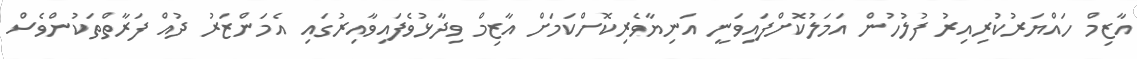
އާޒިމް ހައްޔަރުކުރިއިރު ފުލުހުން އަމަލުކޮށްފައިވަނީ އަނިޔާވެރިކޮށްކަމަށް އާޒިމް ވިދާޅުވެފައިވާއިރުގައި އެމަންޒަރު ދުއް ފަރާތްތަކުންވެސް